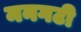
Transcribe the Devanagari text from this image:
मनगटी